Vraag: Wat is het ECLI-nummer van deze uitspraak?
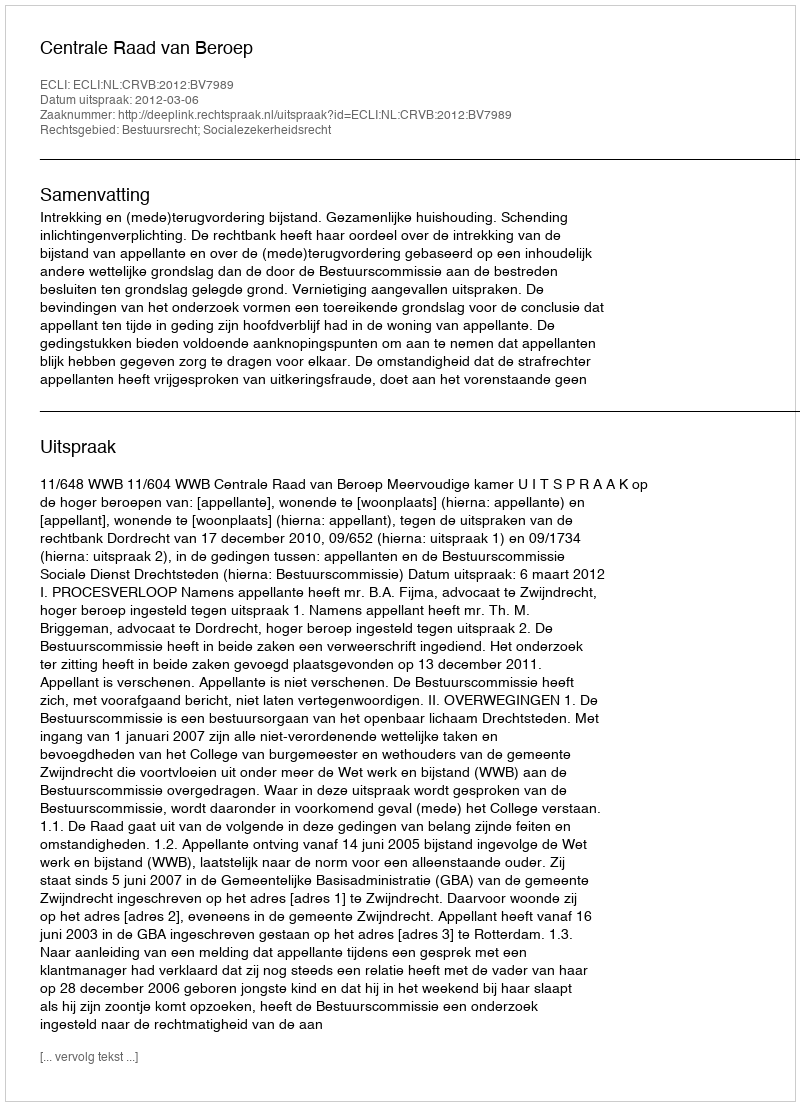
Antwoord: ECLI:NL:CRVB:2012:BV7989